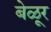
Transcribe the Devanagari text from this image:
बेळूर